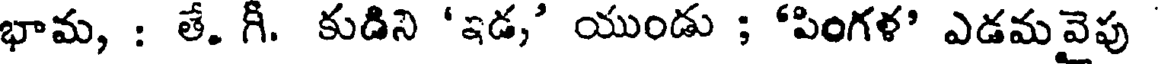
భామ, : తే. గీ. కుడిని 'ఇడ,' యుండు ; 'పింగళ' ఎడమవైపు